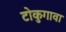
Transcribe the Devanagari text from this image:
टोकुगावा